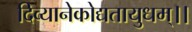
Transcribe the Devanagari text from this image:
दिव्यानेकोद्यतायुधम्‌।।